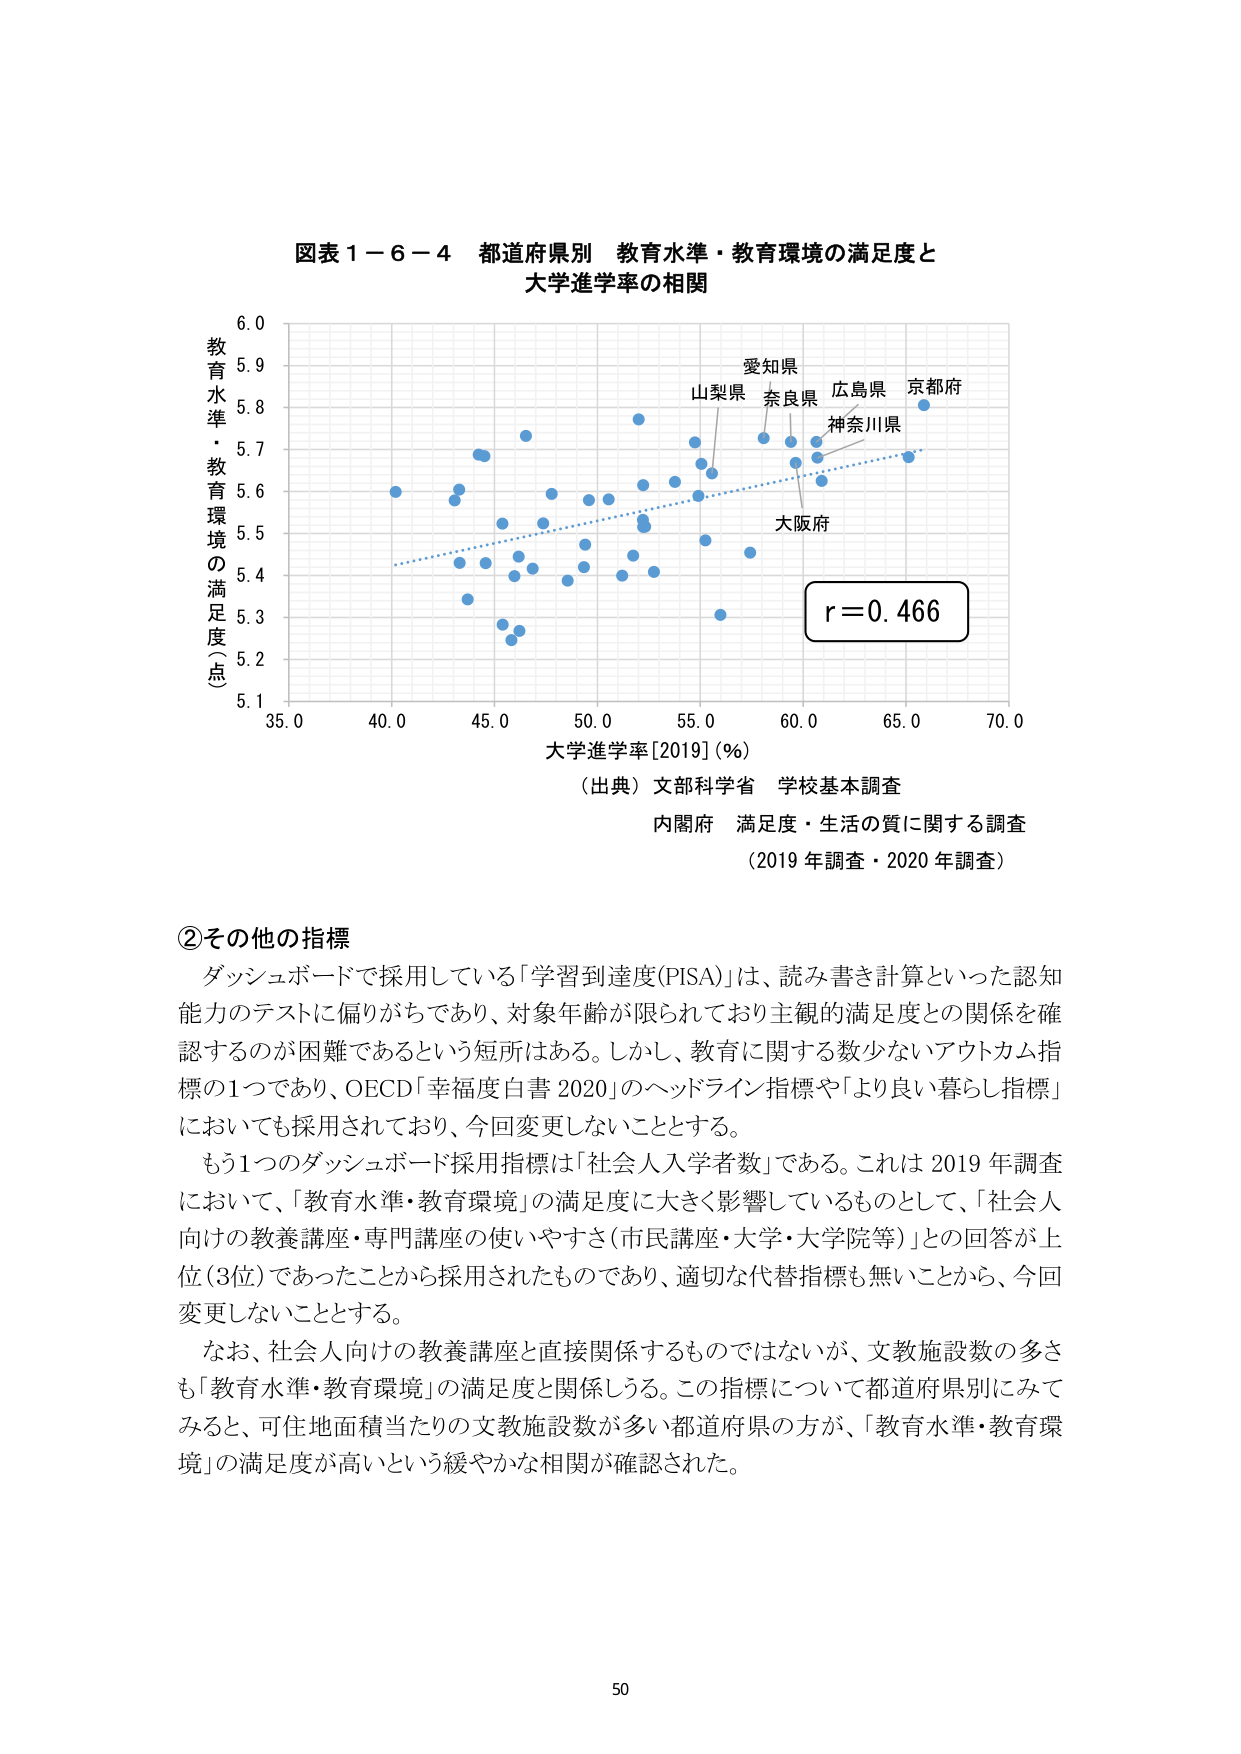
図表１－６－４ 都道府県別 教育水準・教育環境の満足度と
大学進学率の相関

教育水準・教育環境の満足度（点）
5.1
5.2
5.3
5.4
5.5
5.6
5.7
5.8
5.9
6.0

35.0 40.0 45.0 50.0 55.0 60.0 65.0 70.0
大学進学率[2019]（％）

愛知県
山梨県 奈良県 広島県 京都府
神奈川県
大阪府

r＝0.466

（出典）文部科学省 学校基本調査
内閣府 満足度・生活の質に関する調査
（2019年調査・2020年調査）

②その他の指標
ダッシュボードで採用している「学習到達度(PISA)」は、読み書き計算といった認知能力のテストに偏りがちであり、対象年齢が限られており主観的満足度との関係を確認するのが困難であるという短所はある。しかし、教育に関する数少ないアウトカム指標の1つであり、OECD「幸福度白書2020」のヘッドライン指標や「より良い暮らし指標」においても採用されており、今回変更しないこととする。
もう1つのダッシュボード採用指標は「社会人入学者数」である。これは2019年調査において、「教育水準・教育環境」の満足度に大きく影響しているものとして、「社会人向けの教養講座・専門講座の使いやすさ（市民講座・大学・大学院等）」との回答が上位（3位）であったことから採用されたものであり、適切な代替指標も無いことから、今回変更しないこととする。
なお、社会人向けの教養講座と直接関係するものではないが、文教施設数の多さも「教育水準・教育環境」の満足度と関係しうる。この指標について都道府県別にみてみると、可住地面積当たりの文教施設数が多い都道府県の方が、「教育水準・教育環境」の満足度が高いという緩やかな相関が確認された。

50